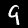
Digit: 9